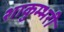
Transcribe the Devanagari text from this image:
शाकुम्भरी